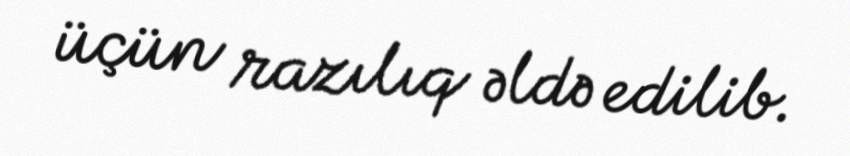
üçün razılıq əldə edilib.